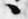
々